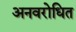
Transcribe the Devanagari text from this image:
अनवरोधित